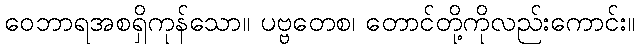
ဝေဘာရအစရှိကုန်သော။ ပဗ္ဗတေစ၊ တောင်တို့ကိုလည်းကောင်း။